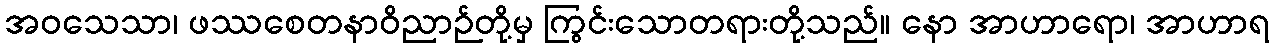
အဝသေသာ၊ ဖဿစေတနာဝိညာဉ်တို့မှ ကြွင်းသောတရားတို့သည်။ နော အာဟာရော၊ အာဟာရ